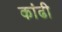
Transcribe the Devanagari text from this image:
कांढी